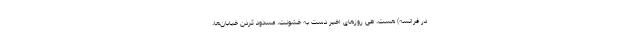
در فرانسه) هست، طی روزهای اخیر دست به خشونت، مسدود کردن خیابان‌ها،